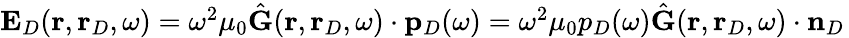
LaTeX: \begin{array}{r}{\mathbf{E}_{D}(\mathbf{r},\mathbf{r}_{D},\omega)=\omega^{2}\mu_{0}\hat{\mathbf{G}}(\mathbf{r},\mathbf{r}_{D},\omega)\cdot\mathbf{p}_{D}(\omega)=\omega^{2}\mu_{0}p_{D}(\omega)\hat{\mathbf{G}}(\mathbf{r},\mathbf{r}_{D},\omega)\cdot\mathbf{n}_{D}\, }\end{array}